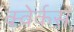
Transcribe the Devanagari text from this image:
क्वेर्कस